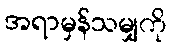
အရာမှန်သမျှကို